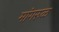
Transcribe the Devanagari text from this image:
मांगरुळ